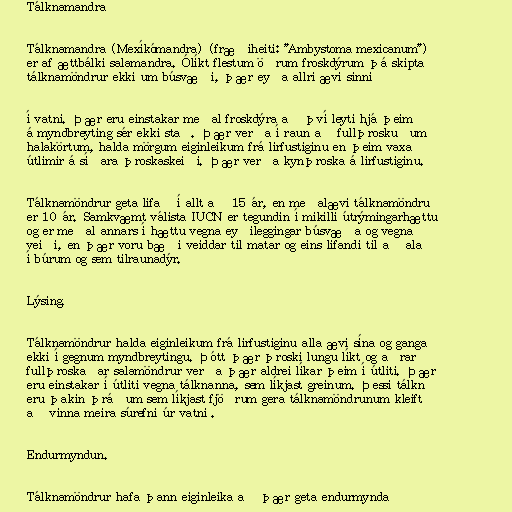
Tálknamandra

Tálknamandra (Mexíkómandra) (fræðiheiti: "Ambystoma mexicanum")
er af ættbálki salamandra. Ólíkt flestum öðrum froskdýrum þá skipta
tálknamöndrur ekki um búsvæði, þær eyða allri ævi sinni

í vatni. Þær eru einstakar meðal froskdýra að því leyti hjá þeim
á myndbreyting sér ekki stað. Þær verða í raun að fullþroskuðum
halakörtum, halda mörgum eiginleikum frá lirfustiginu en þeim vaxa
útlimir á síðara þroskaskeiði. Þær verða kynþroska á lirfustiginu.

Tálknamöndrur geta lifað í allt að 15 ár, en meðalævi tálknamöndru
er 10 ár. Samkvæmt válista IUCN er tegundin í mikilli útrýmingarhættu
og er meðal annars í hættu vegna eyðileggingar búsvæða og vegna
veiði, en þær voru bæði veiddar til matar og eins lifandi til að ala
í búrum og sem tilraunadýr.

Lýsing.

Tálknamöndrur halda eiginleikum frá lirfustiginu alla ævi sína og ganga
ekki í gegnum myndbreytingu. Þótt þær þroski lungu líkt og aðrar
fullþroskaðar salamöndrur verða þær aldrei líkar þeim í útliti. Þær
eru einstakar í útliti vegna tálknanna, sem líkjast greinum. Þessi tálkn
eru þakin þráðum sem líkjast fjöðrum gera tálknamöndrunum kleift
að vinna meira súrefni úr vatni .

Endurmyndun.

Tálknamöndrur hafa þann eiginleika að þær geta endurmyndað